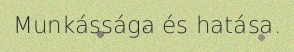
Munkássága és hatása.